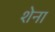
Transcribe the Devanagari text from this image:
शेना